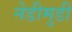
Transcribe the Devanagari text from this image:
नेडीमुडी